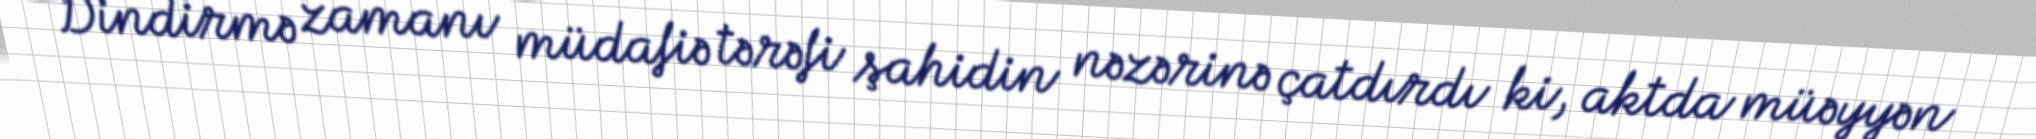
Dindirmə zamanı müdafiə tərəfi şahidin nəzərinə çatdırdı ki, aktda müəyyən